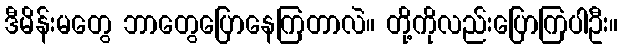
ဒီမိန်းမတွေ ဘာတွေပြောနေကြတာလဲ။ တို့ကိုလည်းပြောကြပါဦး။